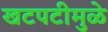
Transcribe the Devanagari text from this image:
खटपटीमुळे